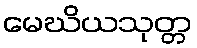
မေဃိယသုတ္တ